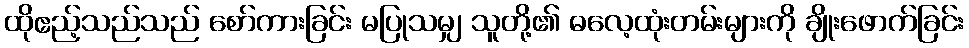
ထိုဧည့်သည်သည် စော်ကားခြင်း မပြုသမျှ သူတို့၏ ဓလေ့ထုံးတမ်းများကို ချိုးဖောက်ခြင်း